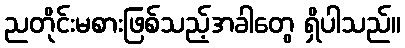
ညတိုင်းမစားဖြစ်သည့်အခါတွေ ရှိပါသည်။